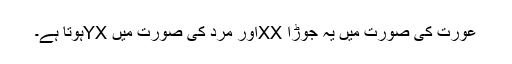
عورت کی صورت میں یہ جوڑا XXاور مرد کی صورت میں YXہوتا ہے۔